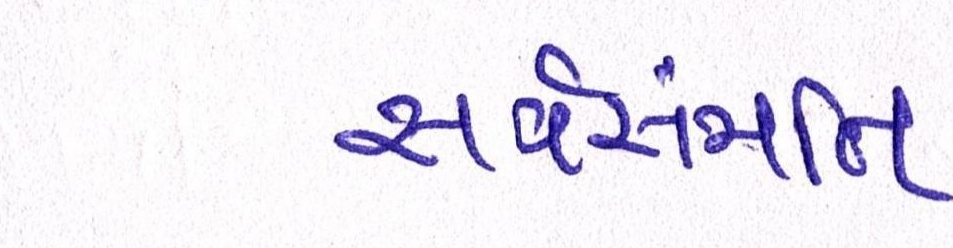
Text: સર્વસંમતિ